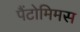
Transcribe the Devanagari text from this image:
पैंटोमिमस